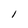
Character: l